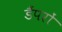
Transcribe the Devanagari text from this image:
डैंपरों